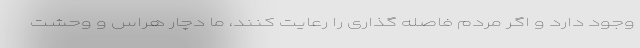
وجود دارد و اگر مردم فاصله گذاری را رعایت کنند، ما دچار هراس و وحشت